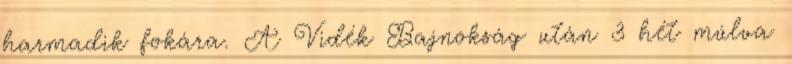
harmadik fokára. A Vidék Bajnokság után 3 hét múlva